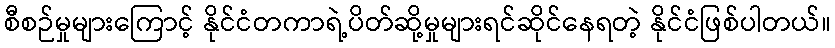
စီစဉ်မှုများကြောင့် နိုင်ငံတကာရဲ့ပိတ်ဆို့မှုများရင်ဆိုင်နေရတဲ့ နိုင်ငံဖြစ်ပါတယ်။